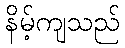
နိမ့်ကျသည်